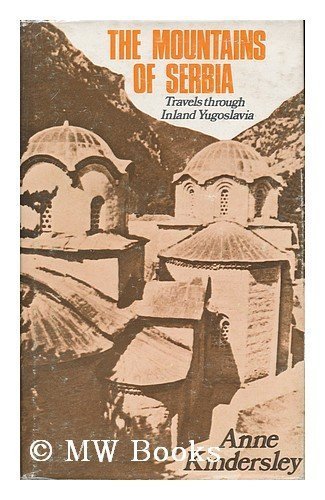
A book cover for The Mountains of Serbia: Travels Through Inland Yugoslavia; Anne Kindersley; Travel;